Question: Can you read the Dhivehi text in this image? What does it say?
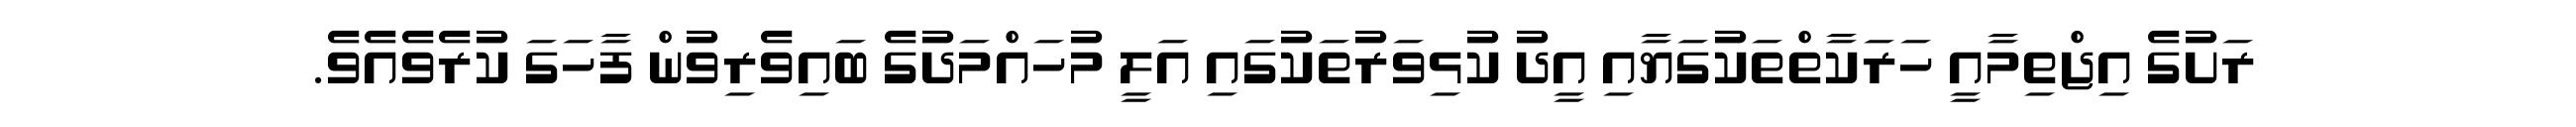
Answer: ރަށުގެ އިޖްތިމާއީ ހަރަކާތްތަކުގަޔާއި އީދު ކުޅިވަރުތަކުގައި އަލީ މުހައްމަދުގެ ބައިވެރިވުން ފާހަގަ ކުރެވެއެވެ.